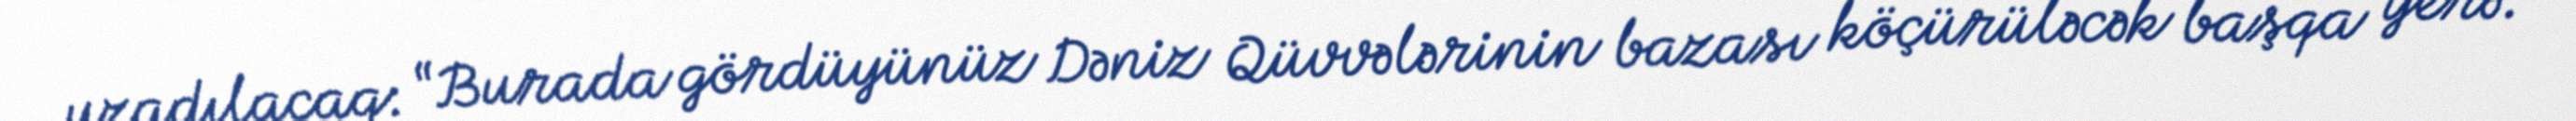
uzadılacaq: “Burada gördüyünüz Dəniz Qüvvələrinin bazası köçürüləcək başqa yerə.